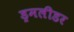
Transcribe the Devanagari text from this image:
ड्रमलीडर